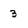
Character: 3